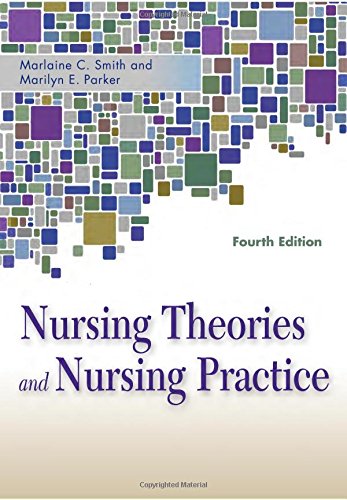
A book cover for Nursing Theories and Nursing Practice (Parker, Nursing Theories and Nursing Practice); Marlaine Smith RN  PhD  FAAN; Medical Books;